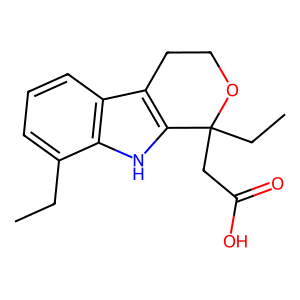
SMILES: CCc1cccc2c3c([nH]c12)C(CC)(CC(=O)O)OCC3
Inhibits HIV replication: No